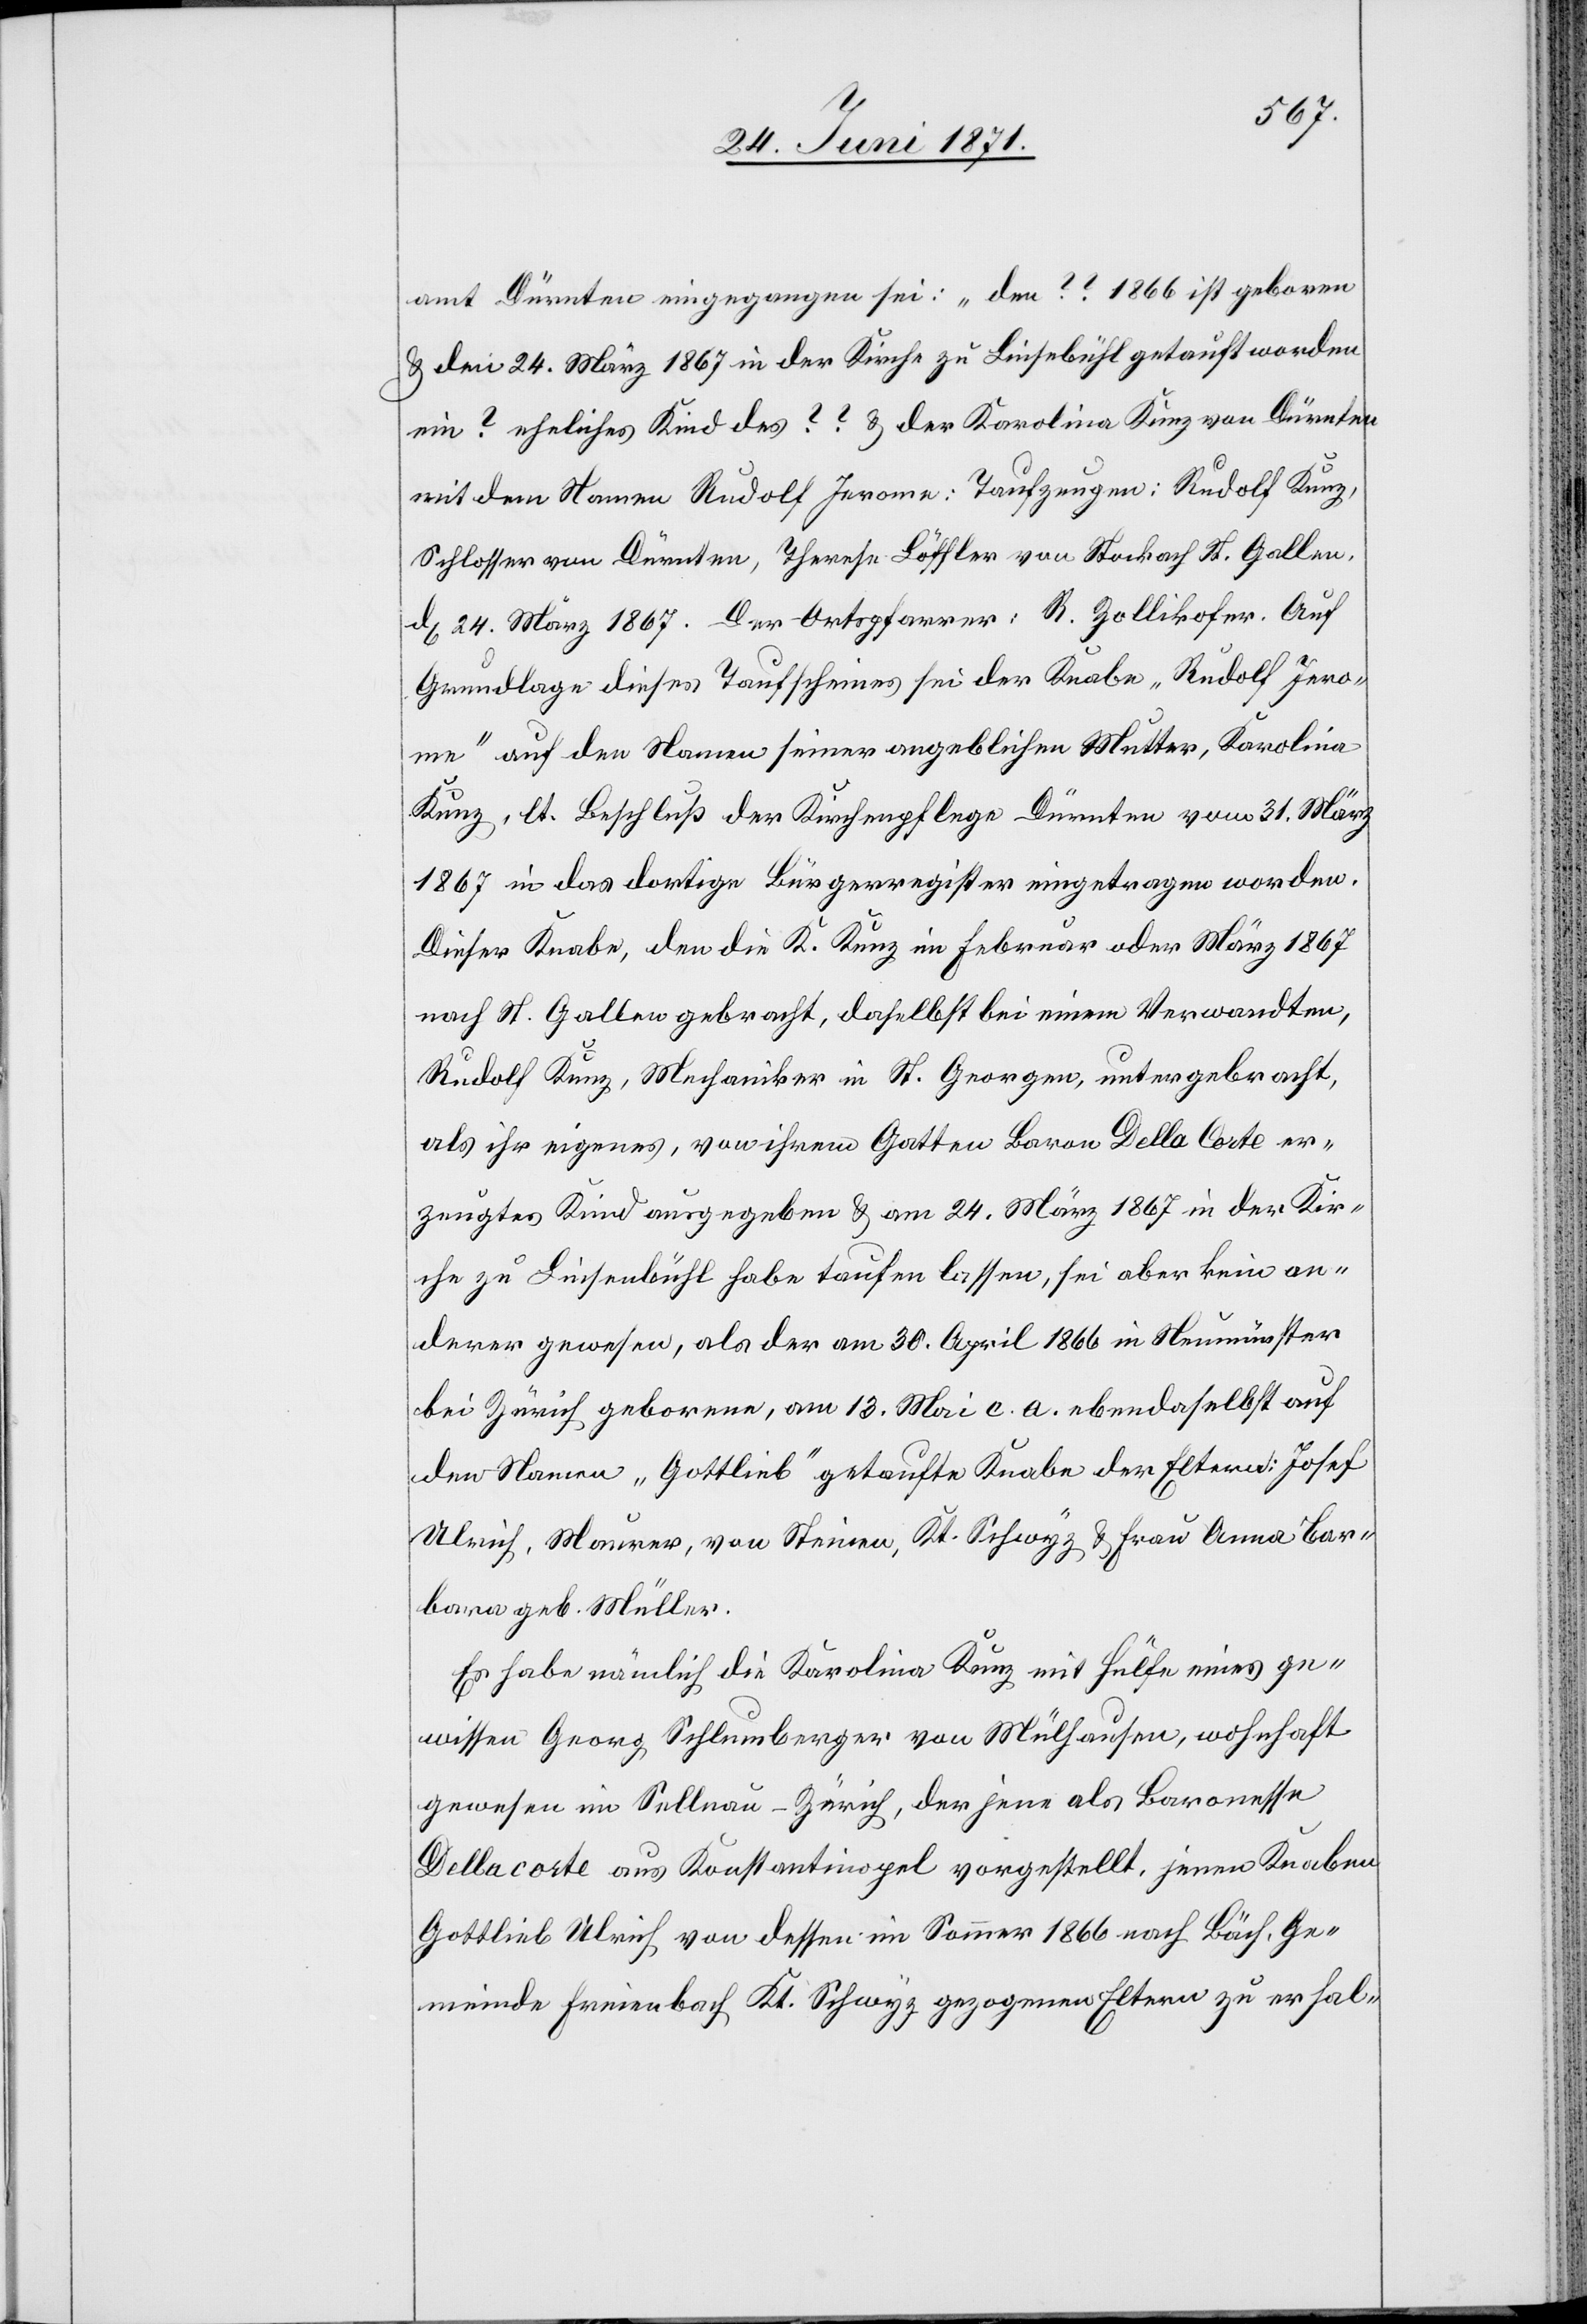
amt Dürnten eingegangen sei: „den ?? 1866 ist geboren
u. den 24. März 1867 in der Kirche zu Linsebühl getauft worden
ein ? eheliches Kind des ?? u. der Karolina Kunz von Dürnten
mit dem Namen Rudolf Jerome: Taufzeugen: Rudolf Kunz,
Schlosser von Dürnten, Therese Löffler von Stockach St. Gallen,
dt 24. März 1867. Der Ortspfarrer: R. Zollikofer.[“] Auf
Grundlage dieses Taufscheines sei der Knabe „Rudolf Jero¬
me“ auf den Namen seiner angeblichen Mutter, Karolina
Kunz, lt. Beschluß der Kirchenpflege Dürnten vom 31. März
1867 in das dortige Bürgerregister eingetragen worden.
Dieser Knabe, den die K. Kunz im Februar oder März 1867
nach St. Gallen gebracht, daselbst bei einem Verwandten,
Rudolf Kunz, Mechaniker in St. Georgen, untergebracht,
als ihr eigenes, von ihrem Gatten Baron Della Corte er¬
zeugtes Kind ausgegeben u. am 24. März 1867 in der Kir¬
che zu Linsenbühl [sic!] habe taufen lassen, sei aber kein an¬
derer gewesen, als der am 30. April in Neumünster
bei Zürich geborene, am 13. Mai c. a. ebendaselbst auf
den Namen „Gottlieb“ getaufte Knabe der Eltern: Josef
Ulrich, Maurer, von Steinen, Kt. Schwyz u. Frau Anna Bar¬
bara geb. Müller.
Es habe nämlich die Karolina Kunz mit Hülfe eines ge¬
wissen Georg Schlumberger von Mülhausen, wohnhaft
gewesen im Sellnau-Zürich, der jene als Baronesse
Dellacorte aus Konstantinopel vorgestellt, jenen Knaben
Gottlieb Ulrich von dessen im Sommer 1866 nach Bäch, Ge¬
meinde Freienbach Kt. Schwyz gezogenen Eltern zu erhal-